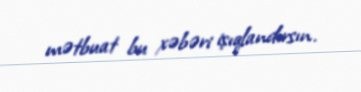
mətbuat bu xəbəri işıqlandırsın.